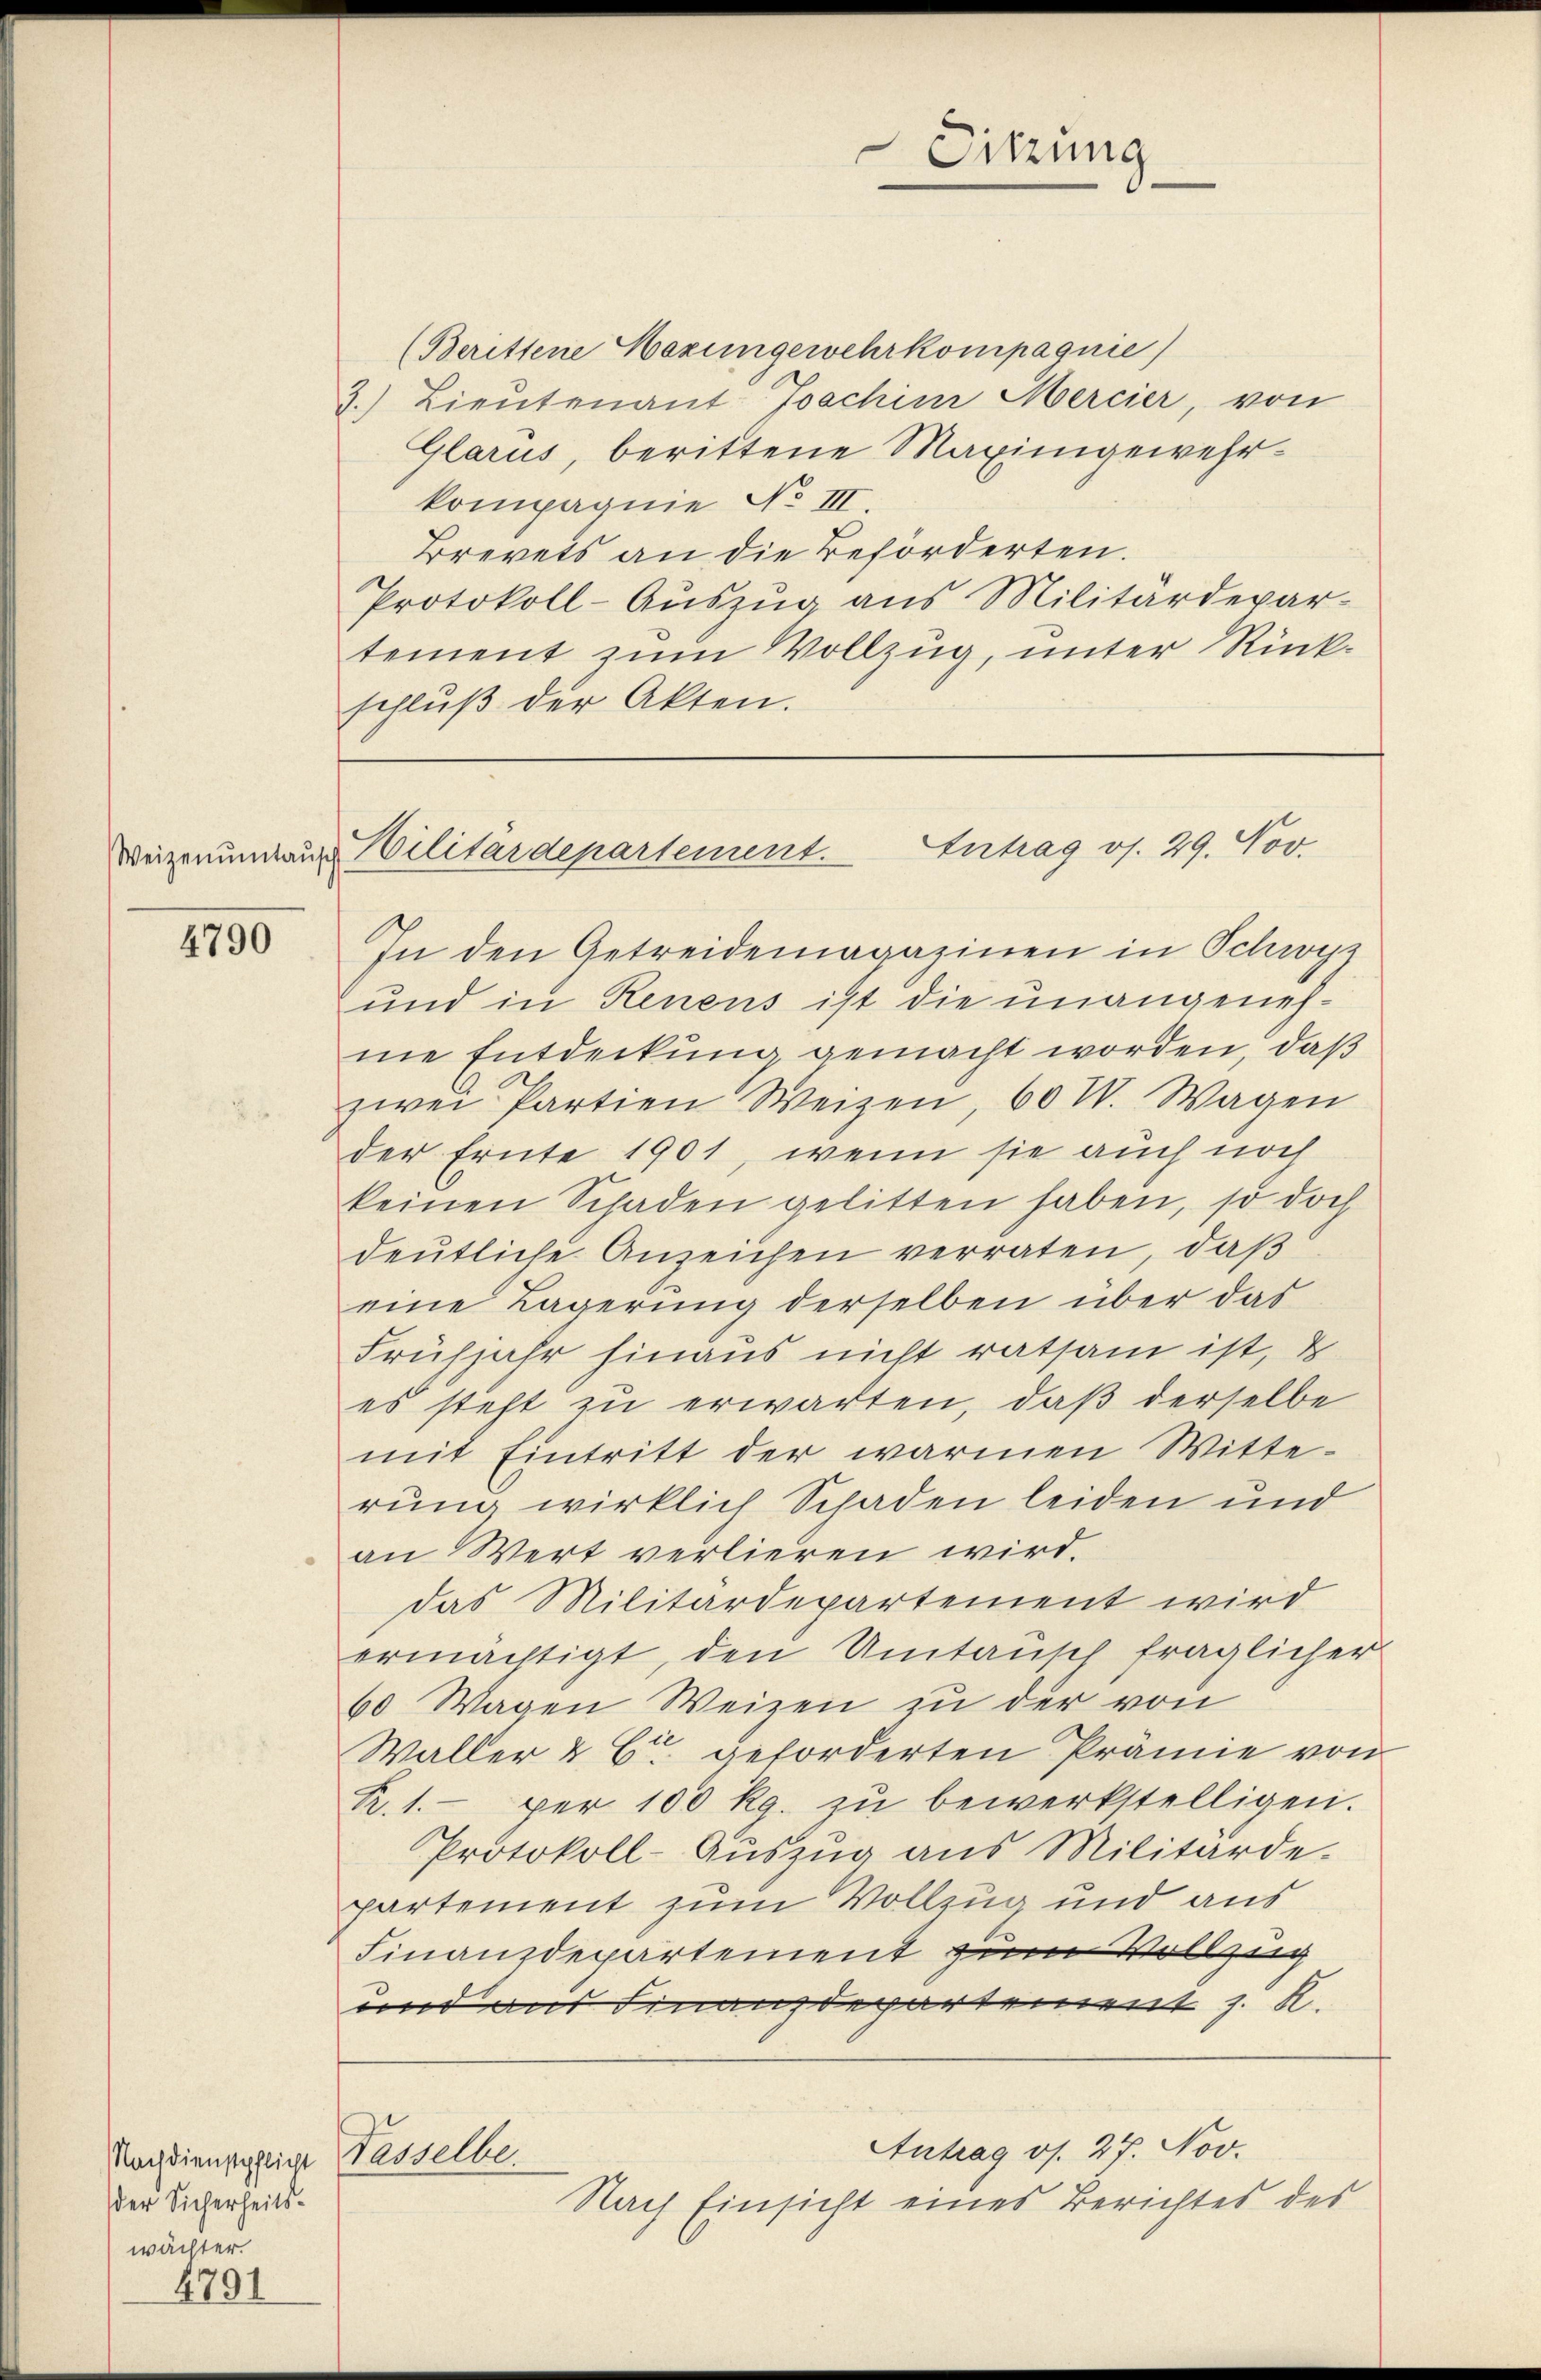
4790

der Sicherheitswächter.

4791

(Berittene Herungewehrkompagnie
3.) Lieutenant Joachinz Mercier, von
Glarus, berittene Maximgewehrkompagnie No III
Brevets an die Beförderten.
Protokoll-Auszug aus Militärdepartement zum Vollzug, unter Rückschluß der Akten.

Nachdienstpflicht Wasselbe

Sitzung

Diezenungaus Gilitärdepartement. Antrag os. 29. Nov.

Antrag os. 27. Nov.
Nach Einsicht eines Berichtes des

In den Getreidemagazinen in Schwyz
und in Renens ist die unangenehne Entdeckung gemacht worden, daß
zwei Partien Weizen, 60 V. Wagen
der Ernte 1901, wenn sie auch noch
keinen Schaden gelitten haben, so doch
deutliche Anzeichen verraten, daß
eine Lagerung derselben über das
Frühjahr hinaus nicht ratsam ist, &
es steht zu erwarten, daß derselbe
mit Eintritt der warmen Witterung wirklich Schaden leiden und
an Wert verlieren wird.
das Militärdepartement wird
ermächtigt, den Umtausch fraglicher
60 Wagen Weizen zu der von
Waller & Ctr. geforderten Prämie von
R.1. per 100 Rg. zŭ bewerkstelligen.
Protokoll-Auszug aus Militärde.
partement zum Vollzug und aus
Finanzdepartement zum Vollzug
und aus Finanzdepartement z. R.